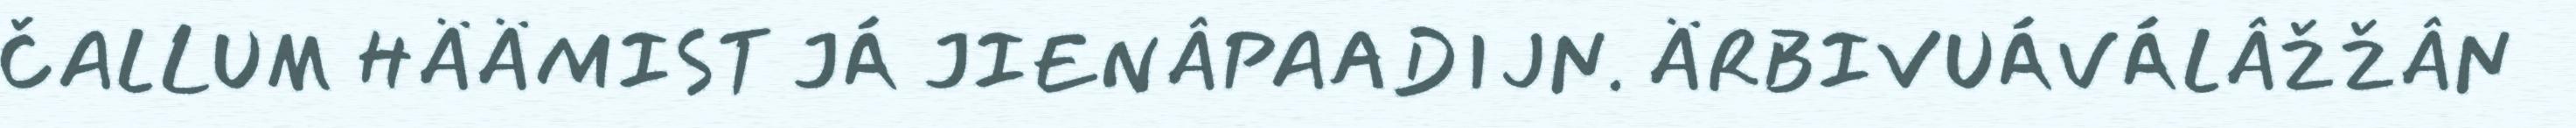
ČALLUM HÄÄMIST JÁ JIENÂPAADIJN. ÄRBIVUÁVÁLÂŽŽÂN